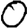
Digit: 0